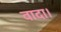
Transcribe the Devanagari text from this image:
वादा।